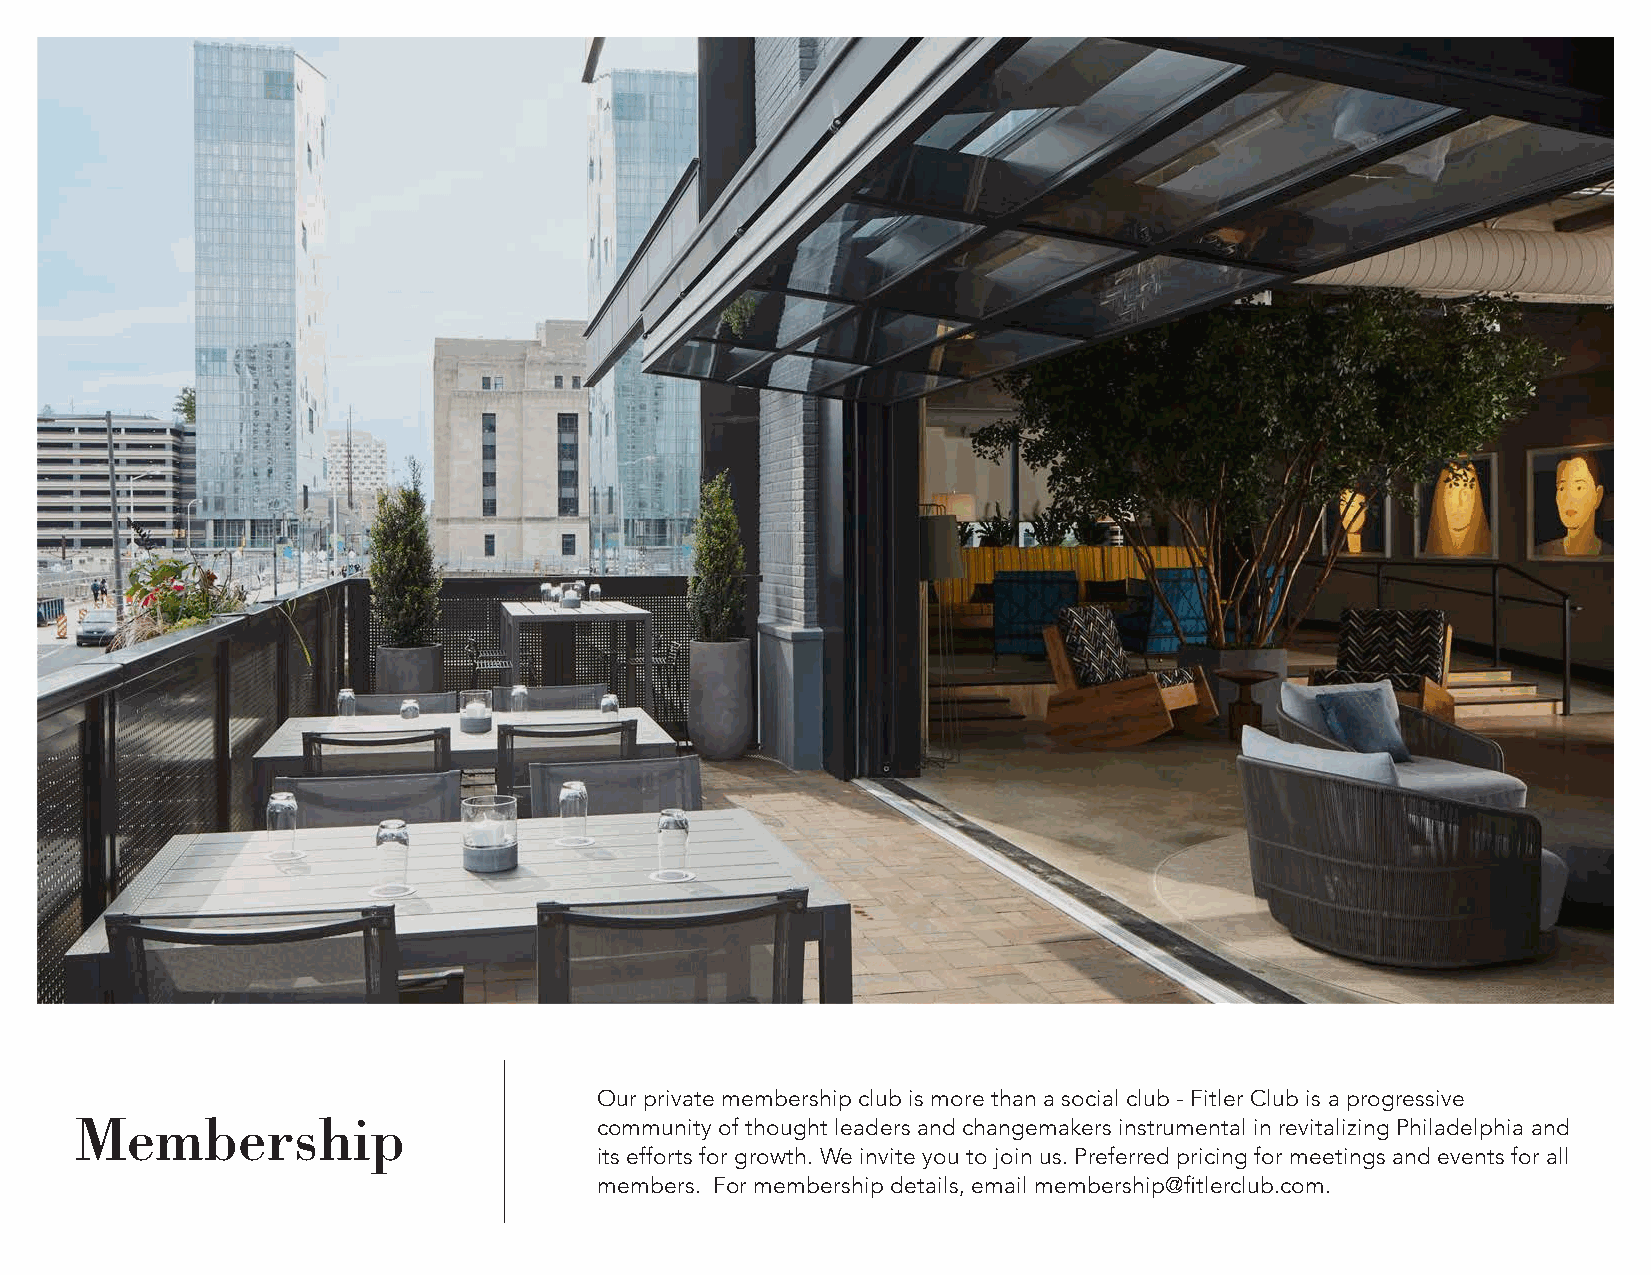
Our private membership club is more than a social club - Fitler Club is a progressive
 Membership                         community of thought leaders and changemakers instrumental in revitalizing Philadelphia and
 its efforts for growth. We invite you to join us. Preferred pricing for meetings and events for all
 members. For membership details, email membership@fitlerclub.com.